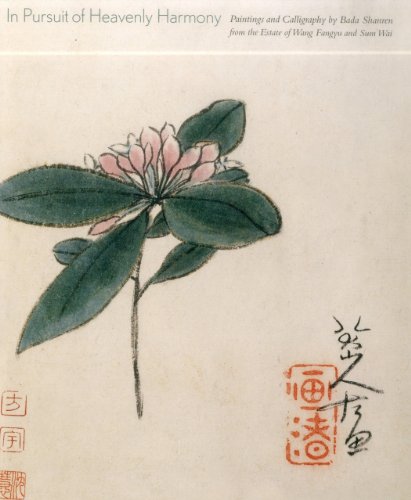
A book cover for In Pursuit of Heavenly Harmony: Paintings and Calligraphy by Bada Shanren; Joseph Chang; Arts & Photography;